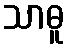
သာဓူ